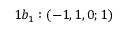
1 b _ { 1 } : ( - 1 , 1 , 0 ; 1 )